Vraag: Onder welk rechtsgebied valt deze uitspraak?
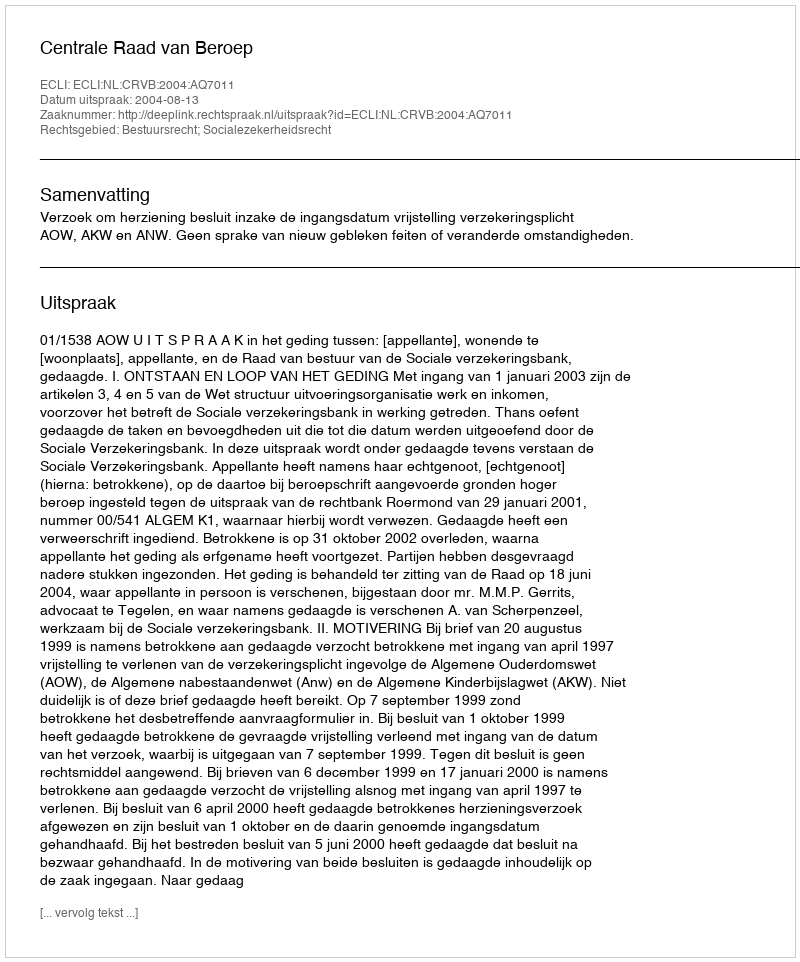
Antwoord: Bestuursrecht; Socialezekerheidsrecht